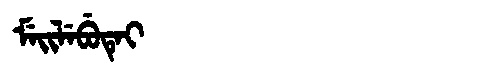
Manchu: ᠮᡝᡳᠯᡝᠪᡠᡨᡝᡳ
Romanization: MEILEBUTEI